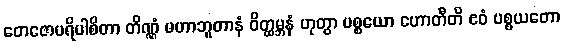
တေဇောပရိပါစိတာ တိဏ္ဏံ မဟာဘူတာနံ ဝိတ္ထမ္ဘနံ ဟုတွာ ပစ္စယော ဟောတီတိ ဧဝံ ပစ္စယတော